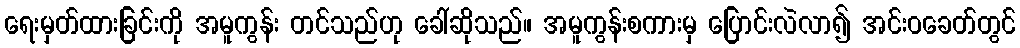
ရေးမှတ်ထားခြင်းကို အမူကွန်း တင်သည်ဟု ခေါ်ဆိုသည်။ အမူကွန်းစကားမှ ပြောင်းလဲလာ၍ အင်းဝခေတ်တွင်